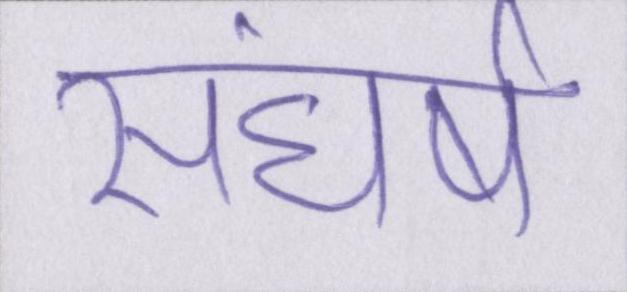
संघर्ष